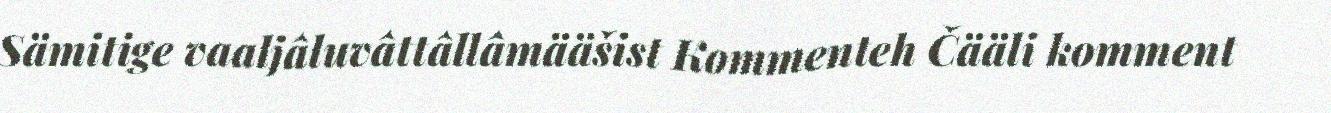
Sämitige vaaljâluvâttâllâmääšist Kommenteh Čääli komment